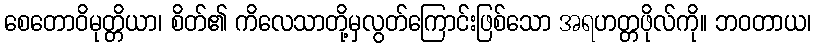
စေတောဝိမုတ္တိယာ၊ စိတ်၏ ကိလေသာတို့မှလွတ်ကြောင်းဖြစ်သော အရဟတ္တဖိုလ်ကို။ ဘဝတာယ၊